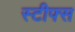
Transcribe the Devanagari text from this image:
स्टीफ्स